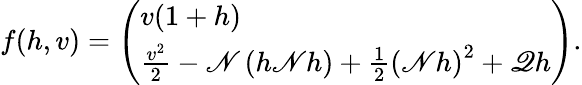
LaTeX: f(h,v)=\left(\begin{array}{l}{v(1+h)}\\ {\frac{v^{2}}{2}-\mathscr{N}\left(h\mathscr{N}h\right)+\frac{1}{2}\left(\mathscr{N}h\right)^{2}+\mathscr{Q}h}\end{array}\right).